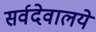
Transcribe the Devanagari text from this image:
सर्वदेवालये